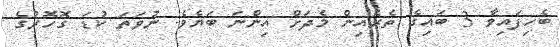
ބެހިފައިވާ 3 ބައިގެ ތެރެއިން މެދަށް އިންނަ ބަޔެވެ. ނުވަތަ ކުޑަ ގޮހޮރުގެ